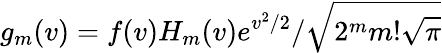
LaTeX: g_{m}(v)=f(v)H_{m}(v)e^{v^{2}/2}/\sqrt{2^{m}m!\sqrt{\pi}}